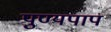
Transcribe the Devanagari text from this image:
पुण्यपाप